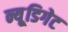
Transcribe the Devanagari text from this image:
न्यू्डिगेट